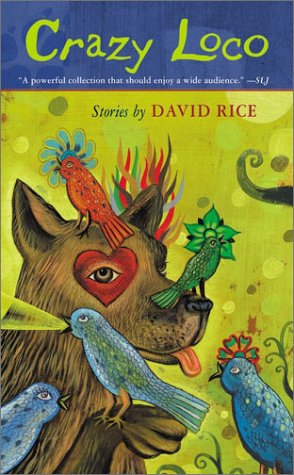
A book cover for Crazy Loco; David Talbot Rice; Teen & Young Adult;